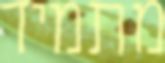
מתמיד